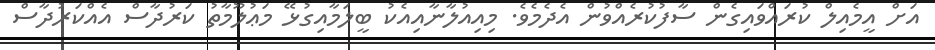
އަށް އީމެއިލް ކުރައްވައިގެން ސާފުކުރެއްވުން އެދެމެވެ. މިއިއުލާނާއިއެކު ބީލަމާއިގުޅޭ މަޢުލޫމާތު ކަރުދާސް އެއްކަރުދާސް